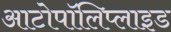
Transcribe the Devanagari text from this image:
आटोपॉलिप्लाइड